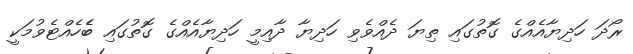
ރޯދަ ހަދިޔާއެއްގެ ގޮތުގައި ތިޔަ ދެއްވެވި ހަދިޔާ ދާއިމީ ހަދިޔާއެއްގެ ގޮތުގައި ބެެހެއްޓެވުމަކީ